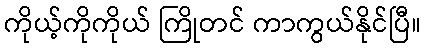
ကိုယ့်ကိုကိုယ် ကြိုတင် ကာကွယ်နိုင်ပြီ။